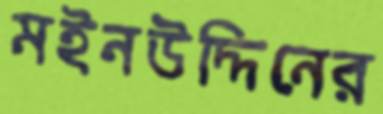
মইনউদ্দিনের